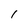
Character: I